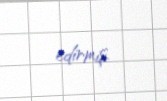
edirmiş.